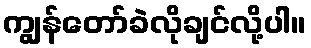
ကျွန်တော်ခဲလိုချင်လို့ပါ။